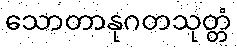
သောတာနုဂတသုတ္တံ